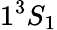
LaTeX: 1^{3}S_{1}